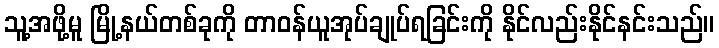
သူ့အဖို့မူ မြို့နယ်တစ်ခုကို တာဝန်ယူအုပ်ချုပ်ရခြင်းကို နိုင်လည်းနိုင်နင်းသည်။